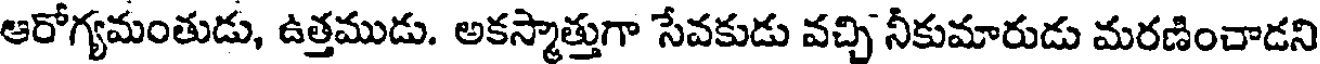
ఆరోగ్యమంతుడు, ఉత్తముడు. అకస్మాత్తుగా సేవకుడు వచ్చి నీకుమారుడు మరణించాడని